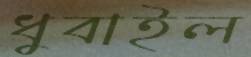
ধুবাইল